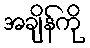
အချိန်ကို